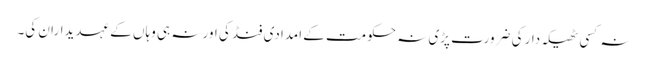
نہ کسی ٹھیکہ دار کی ضرورت پڑی نہ حکومت کے امدادی فنڈ کی اور نہ ہی وہاں کے عہدیداران کی۔